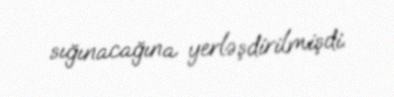
sığınacağına yerləşdirilmişdi.